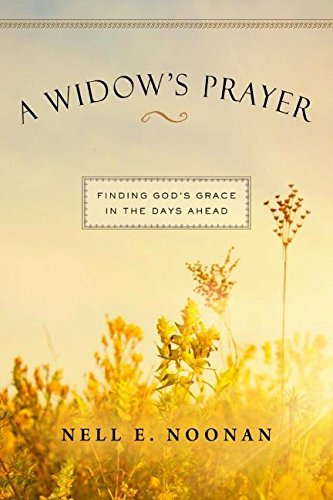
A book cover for A Widows Prayer; Nell E. Noonan; Christian Books & Bibles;